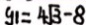
y _ { 1 } = 4 \sqrt { 3 } - 8